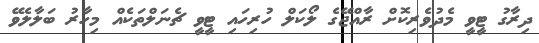
ދިރާގު ޓީވީ މެދުވެރިކޮށް ރާއްޖޭގެ ލޯކަލް ހުރިހައި ޓީވީ ޗެނަލްތަކެއް މިހާރު ބަލާލެވޭ